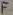
Text: F